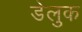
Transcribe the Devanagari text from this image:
डेलुक